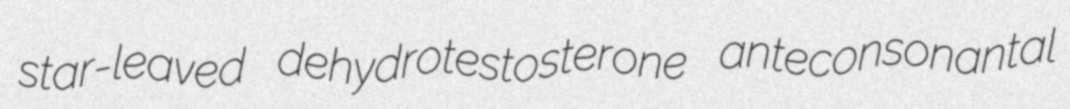
star-leaved dehydrotestosterone anteconsonantal